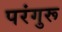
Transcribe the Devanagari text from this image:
परंगुरू